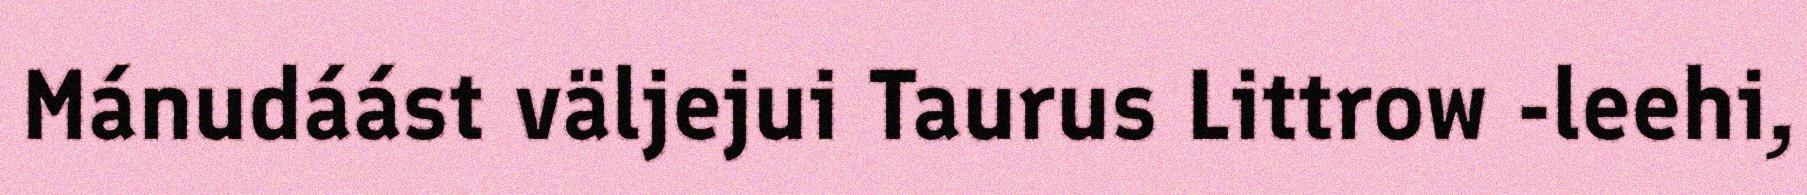
Mánudáást väljejui Taurus Littrow -leehi,